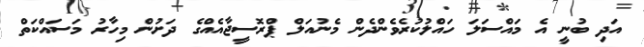
އަދި ބުނީ އެ މައްސަލަ ހައްލުކުރެވެންދެން މެނުއަލް ޕްރޮސީޖާއެއްގެ ދަށުން މިހާރު މަސައްކަތް